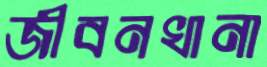
জীবনখানা